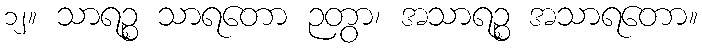
၁၂။ သာရဉ္စ သာရတော ဉတွာ၊ အသာရဉ္စ အသာရတော။